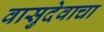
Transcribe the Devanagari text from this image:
वासुदेवाचा